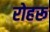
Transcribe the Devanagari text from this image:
रोहरू